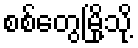
စစ်တွေမြို့သို့